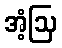
အံ့ဩ